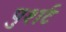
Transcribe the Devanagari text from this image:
पुशर्ट